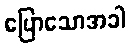
ပြောသောအခါ